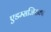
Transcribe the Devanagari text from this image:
एडम्सजिसका